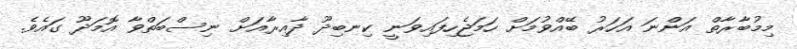
މިމުބާރާތް އަންނަ އަހަރު ބޭއްވުމަށް ހަމަޖެހިފައިވަނީ ކިނބިދޫ ދާއިރާއަށް ނިސްބަތްވާ އޮމަދޫ ގައެވެ.